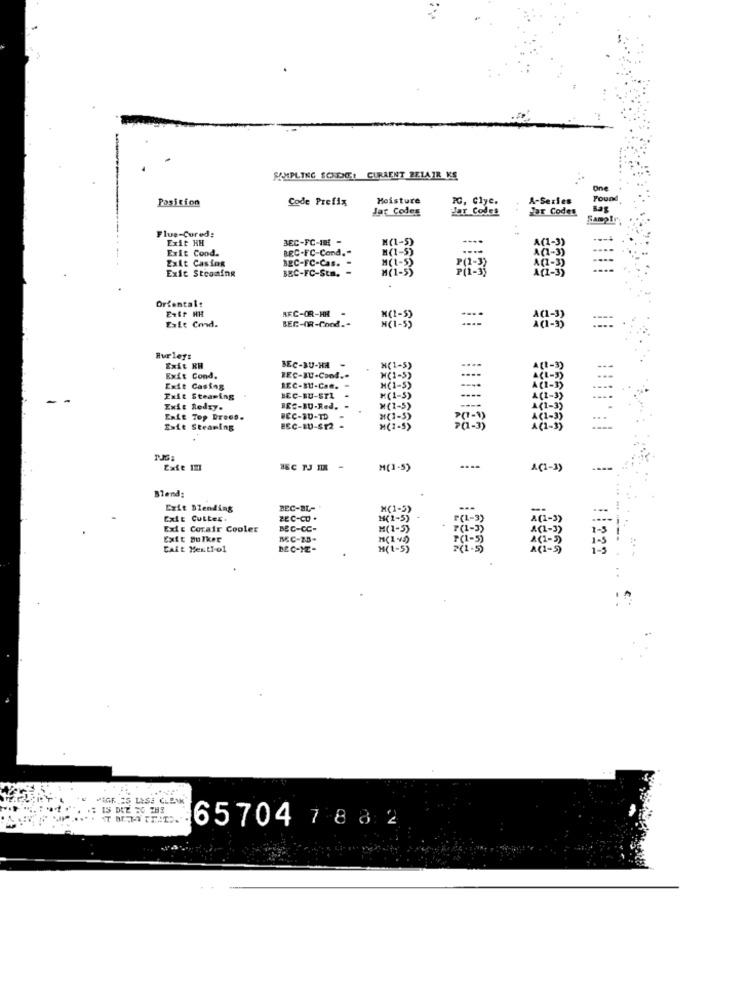
SAMPLING SCADE: CURAENT BELAIR KE
One
Position
Code Prefix
Moisture
A-Series
Found
Jar Codex
Jar Coles
PG, Clye.
Jor Codes
Bag
Samply
Flue-Cured:
Exit HH
BEC-FC-IN -
Exit Cond.
BEC-FC-Cond."
"(1-5)
ACA-3
BEC-FC-Cas. -
=
Exit Casing
Exit Stcoming
BBC-FC-Sta. -
M(1-5)
....
Oriental:
Exif HH
ARC-OR-HH
BEC-OR-Cond."
M(1-5)
....
Exit Cond.
Hurleys
Exit RH
BEC-BU-HA
H(1-55
"(1-5)
Exit Cond.
IEC-IU-Cond."
Exit Casing
H(1-5)
Exit Steaming
BEC-BU-STI
×(1-5)
ACE -
Exit Redzy.
IEC-BU-Red. .
M(1-5)
----
Ente Top Droos.
WEC-BU-TD
M(3-5)
Exit Steaming
ECC-BU-ST2
M(1-S)
(1- 3)
Exte IM1
M(1-5)
1(1-3)
Blend:
Exit Dlending
BEC-BL-
M(1-5)
Exit Cutter.
BEC-CO.
"(1-5)
Exit Corair Cooler
BEC-CC-
M(1-5)
Exit Bulker
BC-ZB-
7 4 - 3
ACI -3
CAit MentI-ol
BEC-ME-
M( 1-5)
A8-3
1222
IS DIE 30 THE
65704 788 2